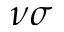
\nu \sigma